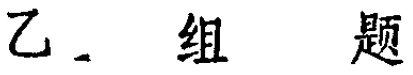
乙. 组 题